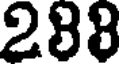
288